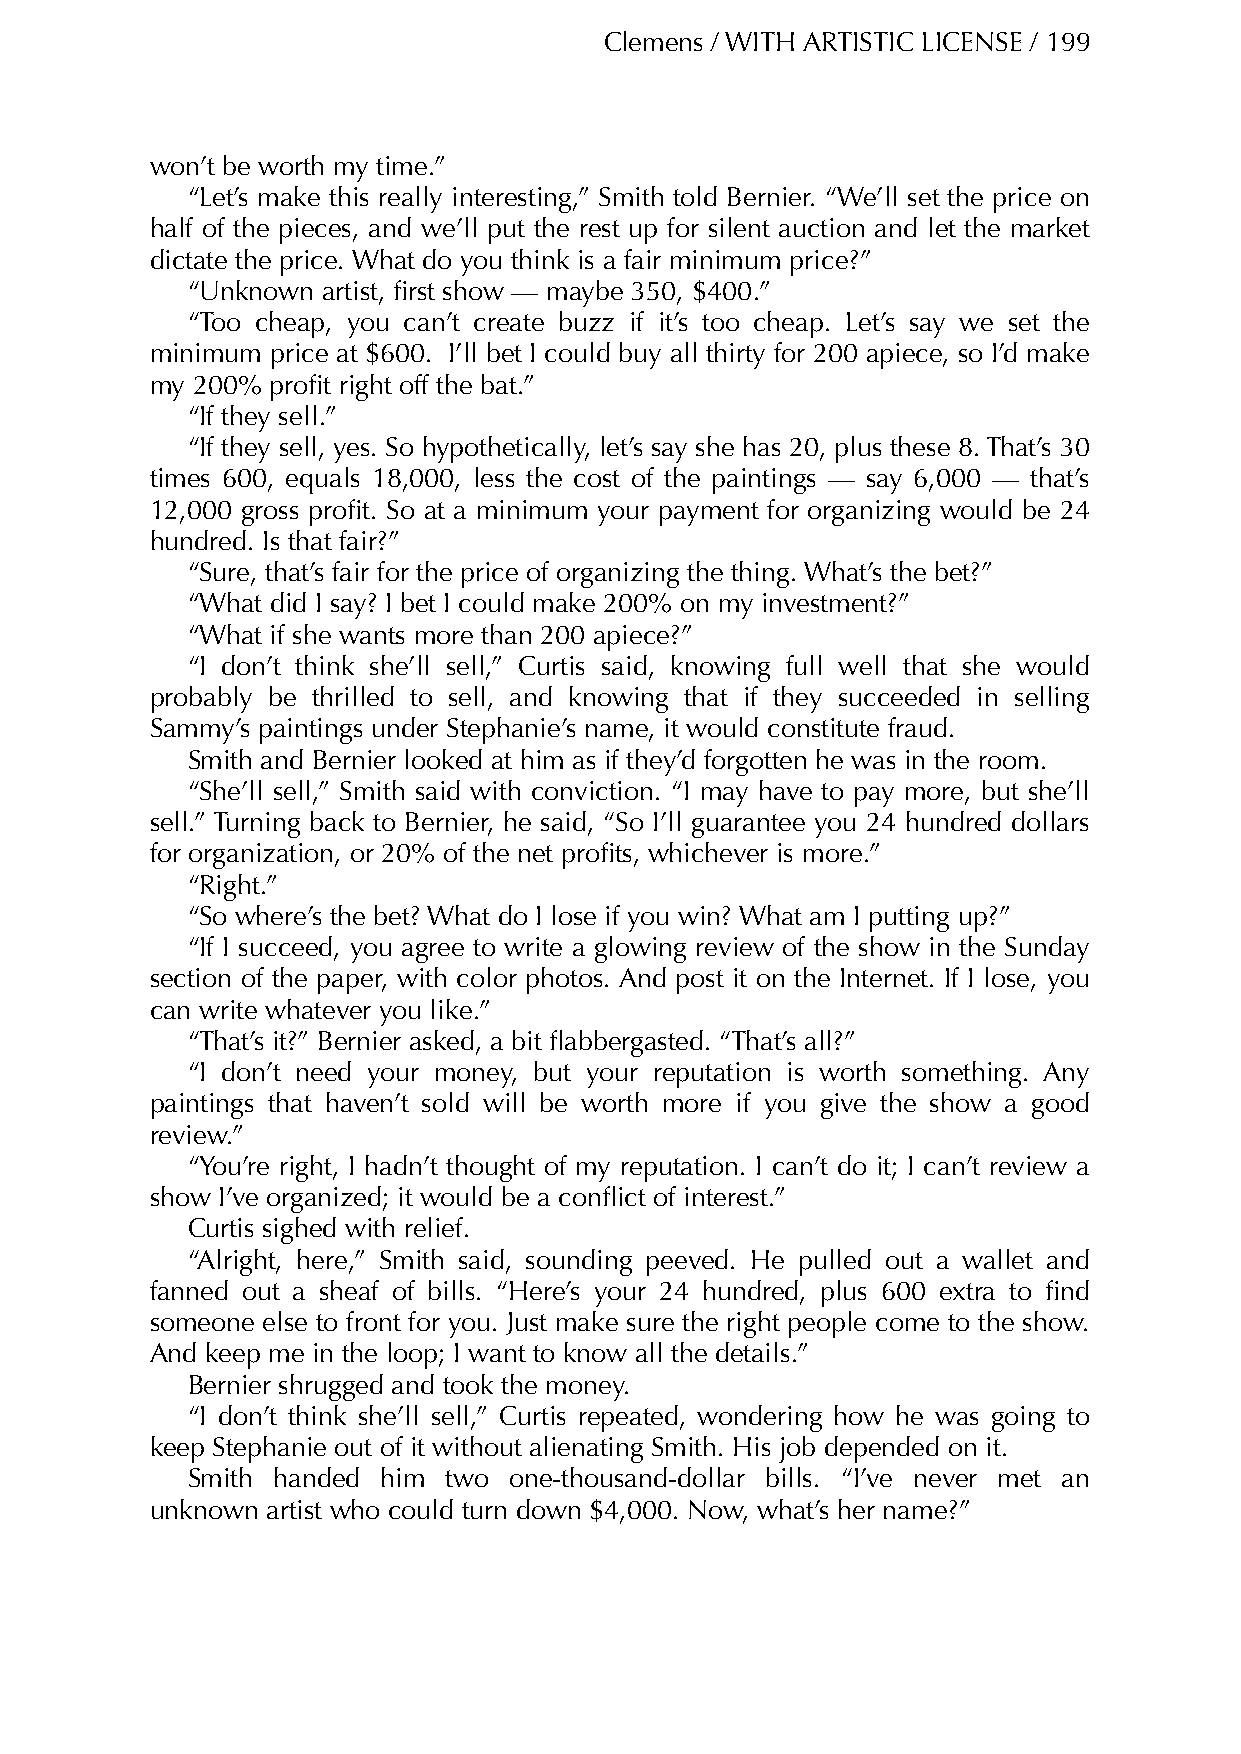
Clemens / WITH ARTISTIC LICENSE / 199
 won’t be worth my time.”
 “Let’s make this really interesting,” Smith told Bernier. “We’ll set the price on
 half of the pieces, and we’ll put the rest up for silent auction and let the market
 dictate the price. What do you think is a fair minimum price?”
 “Unknown artist, first show — maybe 350, $400.”
 “Too cheap, you can’t create buzz if it’s too cheap. Let’s say we set the
 minimum price at $600. I’ll bet I could buy all thirty for 200 apiece, so I’d make
 my 200% profit right off the bat.”
 “If they sell.”
 “If they sell, yes. So hypothetically, let’s say she has 20, plus these 8. That’s 30
 times 600, equals 18,000, less the cost of the paintings — say 6,000 — that’s
 12,000 gross profit. So at a minimum your payment for organizing would be 24
 hundred. Is that fair?”
 “Sure, that’s fair for the price of organizing the thing. What’s the bet?”
 “What did I say? I bet I could make 200% on my investment?”
 “What if she wants more than 200 apiece?”
 “I don’t think she’ll sell,” Curtis said, knowing full well that she would
 probably be thrilled to sell, and knowing that if they succeeded in selling
 Sammy’s paintings under Stephanie’s name, it would constitute fraud.
 Smith and Bernier looked at him as if they’d forgotten he was in the room.
 “She’ll sell,” Smith said with conviction. “I may have to pay more, but she’ll
 sell.” Turning back to Bernier, he said, “So I’ll guarantee you 24 hundred dollars
 for organization, or 20% of the net profits, whichever is more.”
 “Right.”
 “So where’s the bet? What do I lose if you win? What am I putting up?”
 “If I succeed, you agree to write a glowing review of the show in the Sunday
 section of the paper, with color photos. And post it on the Internet. If I lose, you
 can write whatever you like.”
 “That’s it?” Bernier asked, a bit flabbergasted. “That’s all?”
 “I don’t need your money, but your reputation is worth something. Any
 paintings that haven’t sold will be worth more if you give the show a good
 review.”
 “You’re right, I hadn’t thought of my reputation. I can’t do it; I can’t review a
 show I’ve organized; it would be a conflict of interest.”
 Curtis sighed with relief.
 “Alright, here,” Smith said, sounding peeved. He pulled out a wallet and
 fanned out a sheaf of bills. “Here’s your 24 hundred, plus 600 extra to find
 someone else to front for you. Just make sure the right people come to the show.
 And keep me in the loop; I want to know all the details.”
 Bernier shrugged and took the money.
 “I don’t think she’ll sell,” Curtis repeated, wondering how he was going to
 keep Stephanie out of it without alienating Smith. His job depended on it.
 Smith handed him  two one-thousand-dollar bills. “I’ve never met an
 unknown artist who could turn down $4,000. Now, what’s her name?”